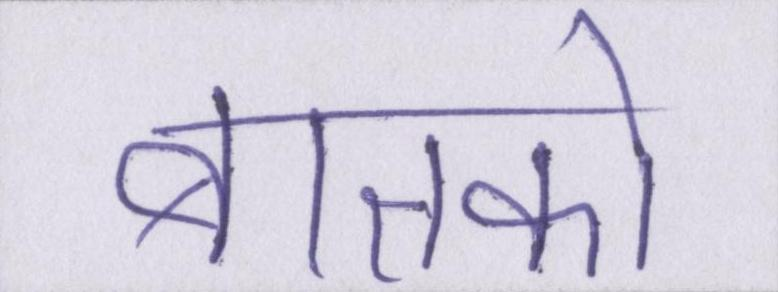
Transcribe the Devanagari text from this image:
बातको